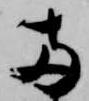
両